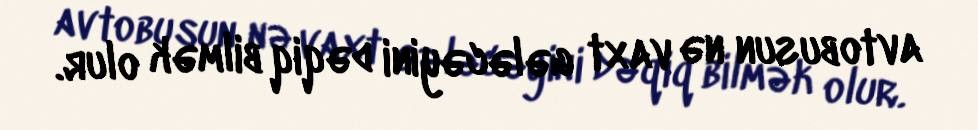
avtobusun nə vaxt gələcəyini dəqiq bilmək olur.